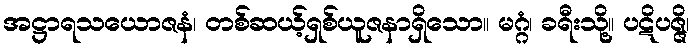
အဋ္ဌာရသယောဇနံ၊ တစ်ဆယ့်ရှစ်ယူဇနာရှိသော။ မဂ္ဂံ၊ ခရီးသို့။ ပဋိပဇ္ဇိ၊